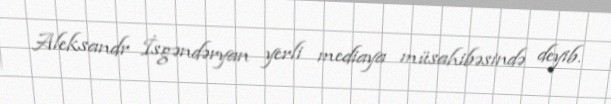
Aleksandr İsgəndəryan yerli mediaya müsahibəsində deyib.